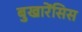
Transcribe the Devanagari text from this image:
बुखारेंसिस